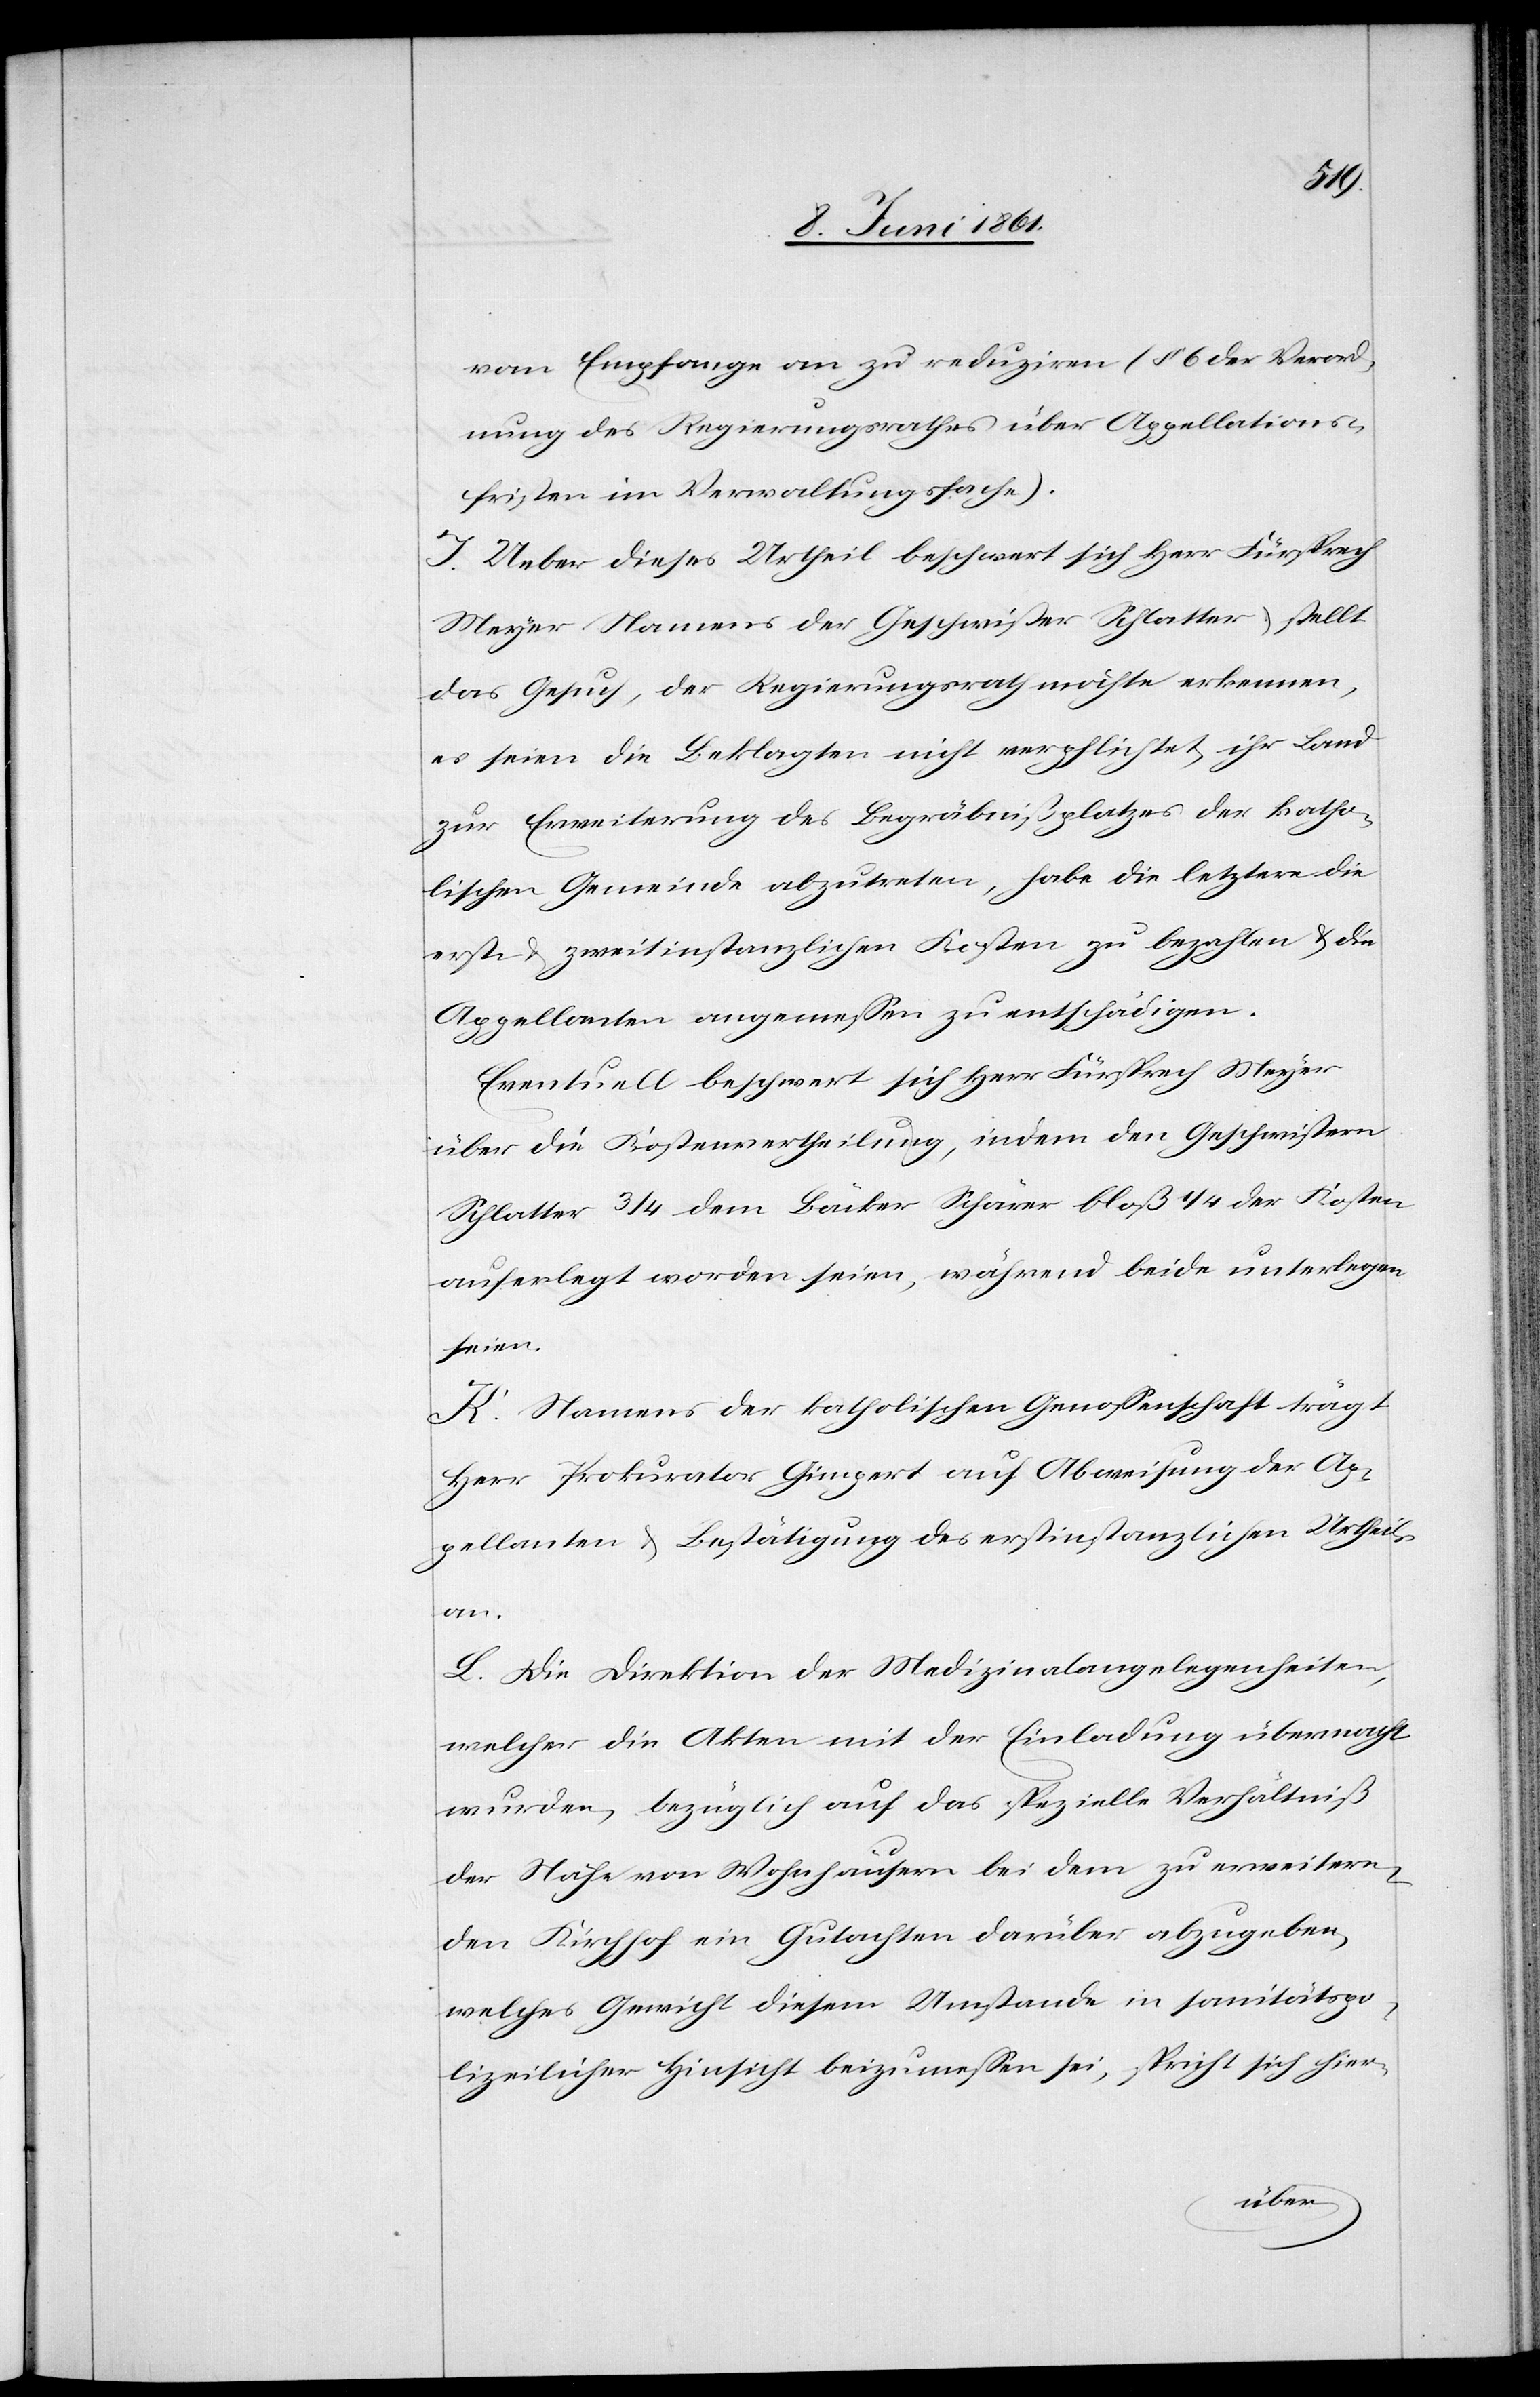
vom Empfange an zu reduziren (§ 6 der Verord¬
nung des Regierungsrathes über Appellations¬
fristen im Verwaltungsfache).
J. Ueber dieses Urtheil beschwert sich Herr Fürsprech
Meyer Namens der Geschwister Schlatter u. stellt
das Gesuch, der Regierungsrath möchte erkennen,
es seien die Beklagten nicht verpflichtet, ihr Land
zur Erweiterung des Begräbnißplatzes der katho¬
lischen Gemeinde abzutreten, habe die letztere die
erst- u. zweitinstanzlichen Kosten zu bezahlen u. die
Appellanten angemessen zu entschädigen.
Eventuell beschwert sich Herr Fürsprech Meyer
über die Kostenvertheilung, indem den Geschwistern
Schlatter 3/4 dem Bäcker Schärer bloß 1/4 der Kosten
auferlegt worden seien, während beide unterlegen
seien.
K. Namens der katholischen Genossenschaft trägt
Herr Prokurator Gimpert auf Abweisung der Ap¬
pellanten u. Bestätigung des erstinstanzlichen Urtheils
an.
L. Die Direktion der Medizinalangelegenheiten,
welcher die Akten mit der Einladung übermacht
wurden, bezüglich auf das spezielle Verhältniß
der Nähe von Wohnhäusern bei dem zu erweitern¬
den Kirchhof ein Gutachten darüber abzugeben,
welches Gericht diesem Umstande in sanitätspo¬
lizeilicher Hinsicht beizumessen sei, spricht sich hier-